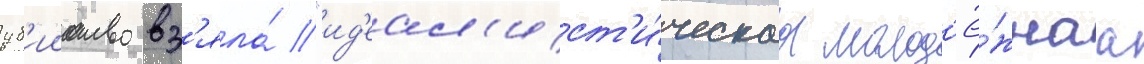
уб'ииство вз'яла́ "ид'еал'ист'и́ческаа молод'ё́жнаа